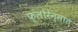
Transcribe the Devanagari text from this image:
फ्लोरेन्सात